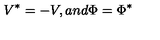
V ^ { * } = - V , a n d \Phi = \Phi ^ { * }